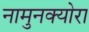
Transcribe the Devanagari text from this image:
नामुनक्योरा